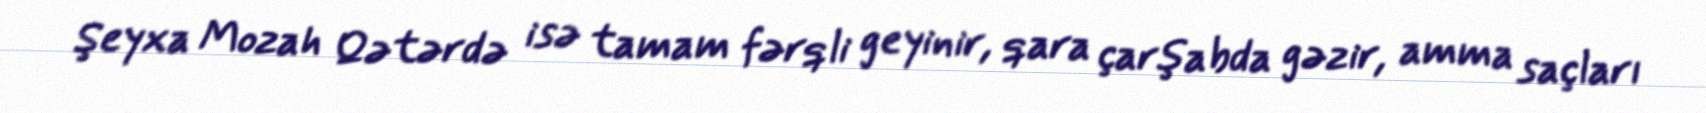
Şeyxa Mozah Qətərdə isə tamam fərqli geyinir, qara çarşabda gəzir, amma saçları